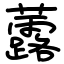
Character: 虂